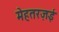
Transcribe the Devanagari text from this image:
मेहतरज़ई